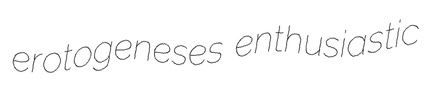
erotogeneses enthusiastic